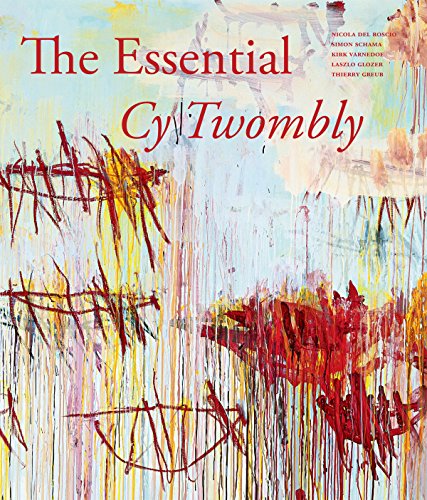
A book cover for The Essential Cy Twombly; Laszlo Glozer; Arts & Photography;